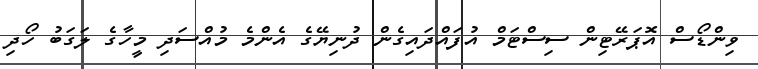
ވިންޑޯސް އޮޕަރޭޓިން ސިސްޓަމް އުފައްދައިގެން ދުނިޔޭގެ އެންމެ މުއްސަދި މީހާގެ ލަގަބު ހޯދި